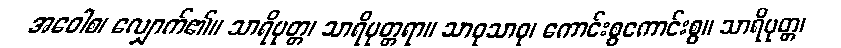
အဝေါစ၊ လျှောက်၏။ သာရိပုတ္တ၊ သာရိပုတ္တရာ။ သာဓုသာဓု၊ ကောင်းစွကောင်းစွ။ သာရိပုတ္တ၊